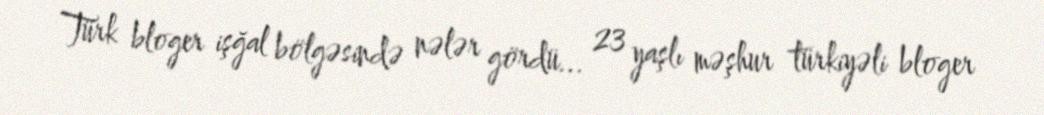
Türk bloger işğal bölgəsində nələr gördü... 23 yaşlı məşhur türkiyəli bloger